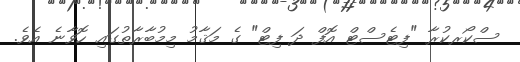
ސްކޯރކުރާ "ފިޓެސްޓް އޮފް ދަ ފިޓް" ގެ މަޤާމު މިމުބާރާތުގައި ހޮވާނެ އެވެ.